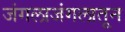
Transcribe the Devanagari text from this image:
जंगलाजंगलातून